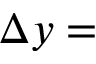
\Delta y =